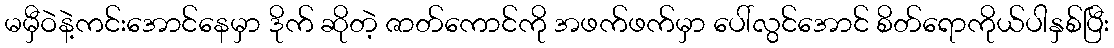
မမှီဝဲနဲ့ကင်းအောင်နေမှာ ဒိုက် ဆိုတဲ့ ဇာတ်ကောင်ကို အဖက်ဖက်မှာ ပေါ်လွင်အောင် စိတ်ရောကိုယ်ပါနှစ်ပြီး